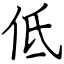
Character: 低